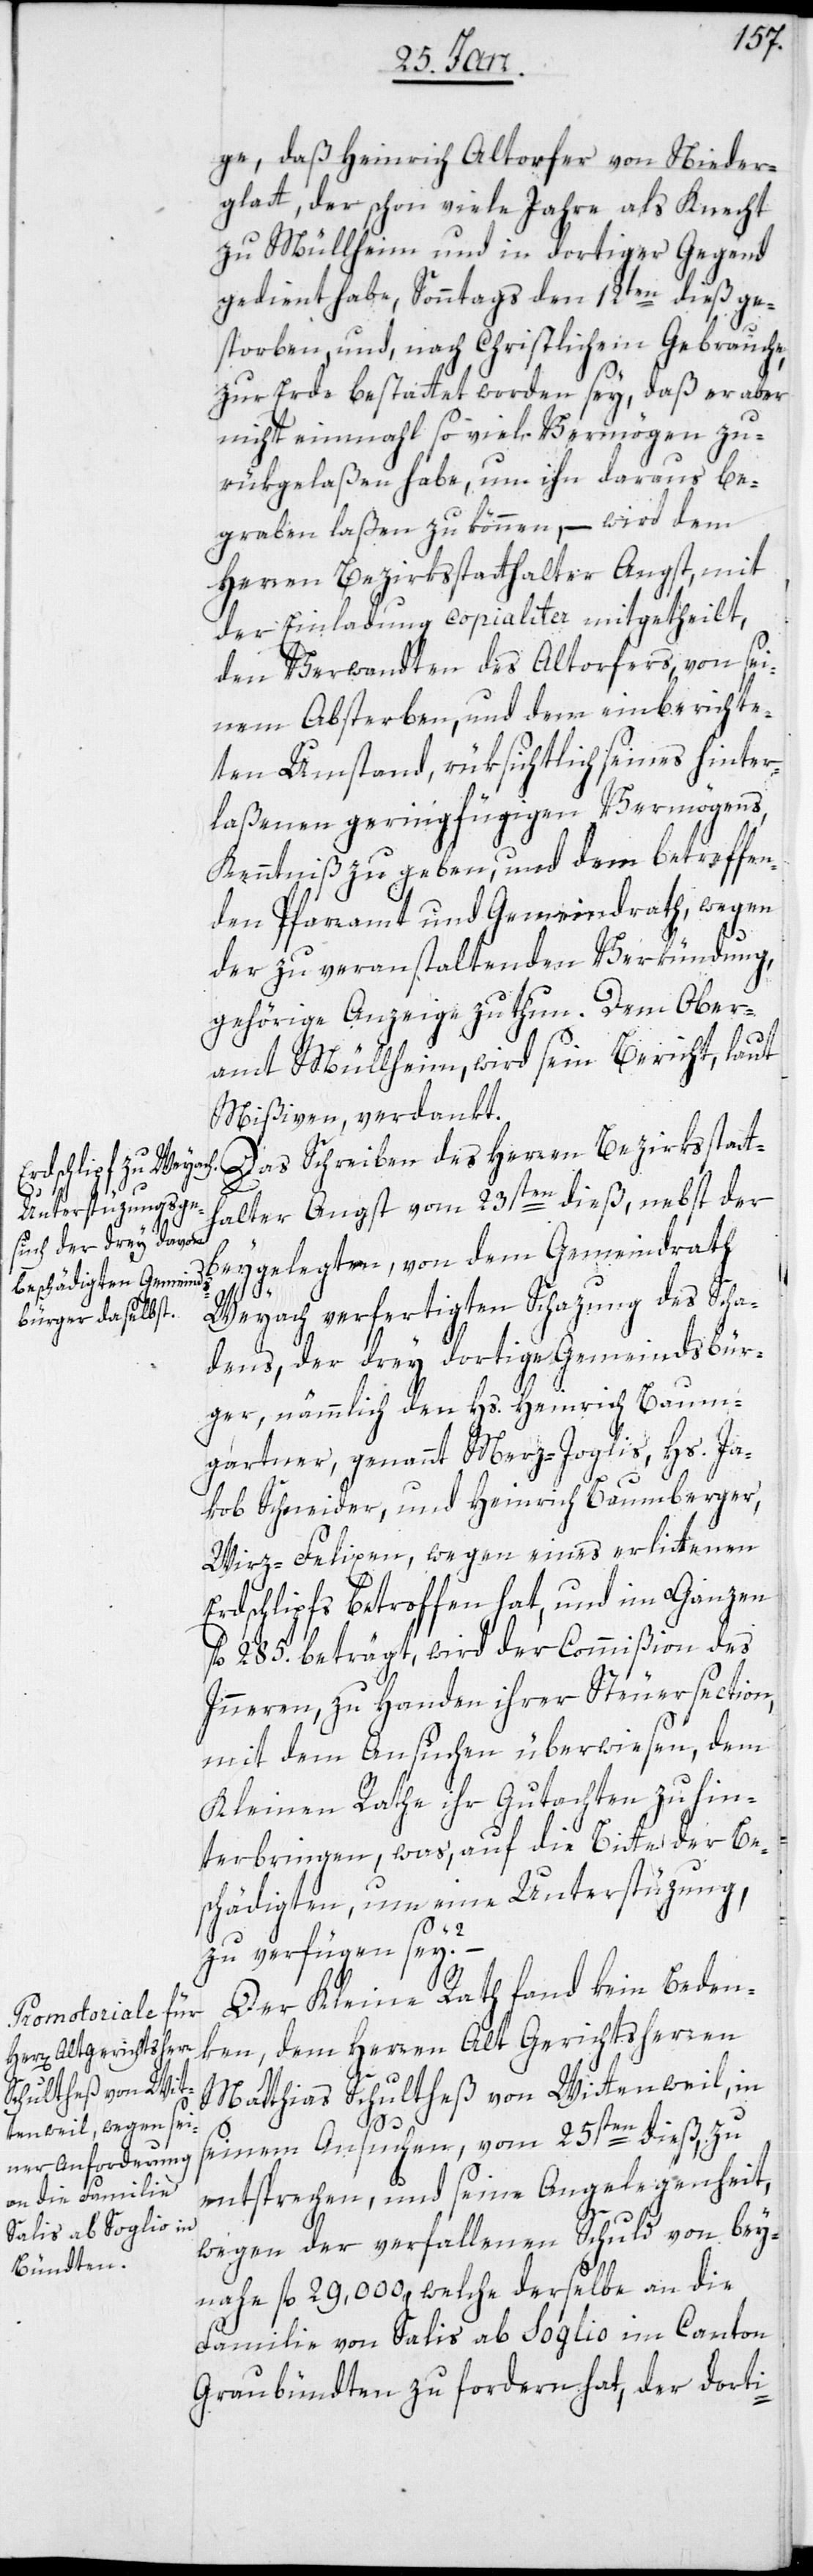
ge, daß Heinrich Altorfer von Nieder¬
glatt, der schon viele Jahre als Knecht
zu Müllheim und in dortiger Gegend
gedient habe, Sonntags den 12ten dieß ge¬
storben und nach Christlichem Gebrauche,
zur Erde bestattet worden sey, daß er aber
nicht einmahl so viel Vermögen zu¬
rükgelaßen habe, um ihn daraus be¬
graben zu laßen zu können, – wird dem
Herren Bezirksstatthalter Angst, mit
der Einladung copialiter mitgetheilt,
die Verwandten des Altorfers, von sei¬
nem Absterben und dem einberichte¬
ten Umstand, rüksichtlich seines hinter¬
laßenen geringfügigen Vermögens,
Kenntniß zu geben, und dem betreffen¬
den Pfarramt und Gemeindrath, wegen
der zu veranstaltenden Verkündung,
gehörige Anzeige zu thun. Dem Ober¬
amt Müllheim, wird sein Bericht, laut
Mißiven, verdankt.
Das Schreiben des Herren Bezirksstatt¬
halter Angst vom 23sten dieß, nebst der
beygelegten, von dem Gemeindrath
Weyach verfertigten Schazung des Scha¬
dens, der drey dortigen Gemeindsbür¬
ger, nämmlich den Hs. Heinrich Baum¬
gartner, genannt Merz-Joglis, Hs. Ja¬
kob Schneider, und Heinrich Baumberger,
Wirz-Felixen, wegen eines erlittenen
Erdschlipfs betroffen hat, und im Ganzen
fl. 285. beträgt, wird der Commißion des
Inneren, zu Handen ihrer Steuersection,
mit dem Ansuchen überwiesen, dem
Kleinen Rathe ihr Gutachten zu hin¬
terbringen, was auf die Bitte der Be¬
schädigten, um eine Unterstüzung,
zu verfügen sey?
Der Kleine Rath fand kein Beden¬
ken, dem Herrn alt Gerichtsherrn
Matthias Schultheß von Wittenweil, in
seinem Ansuchen vom 25sten dieß, zu
entsprechen, und seine Angelegenheit,
wegen der verfallenen Schuld von bey¬
nahe fl. 29,000, welche derselbe an die
Familie von Salis ab Soglio im Canton
Graubündten zu fordern hat, der dorti-